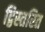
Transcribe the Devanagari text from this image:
द्विस्तरित